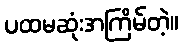
ပထမဆုံးအကြိမ်တဲ့။